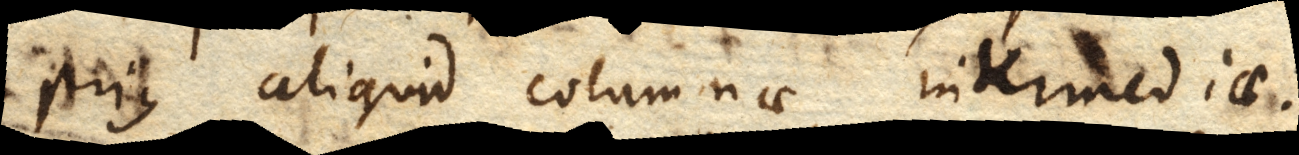
prius aliquid columnae intermediae.